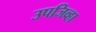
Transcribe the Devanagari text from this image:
उपजिव्हा